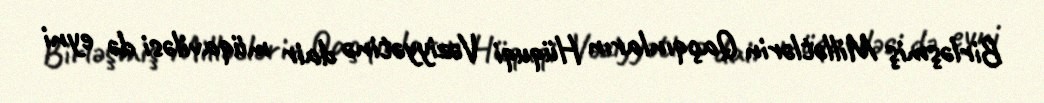
Birləşmiş Millətlərin Qaçqınların Hüquqi Vəziyyətinə dair müqaviləsi də eyni